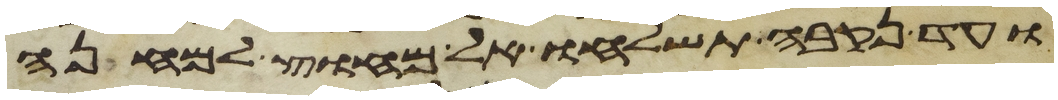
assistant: ועד נקבה תשלחו אל מחוץ למחנה